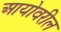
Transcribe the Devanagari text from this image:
आयोवरील